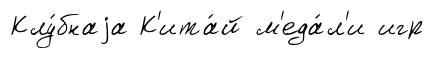
Клу́бнаjа К'ита́й м'еда́л'и игр